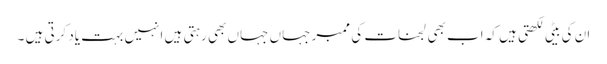
ان کی بیٹی لکھتی ہیں کہ اب بھی لجنات کی ممبر جہاں جہاں بھی رہتی ہیں انہیں بہت یاد کرتی ہیں ۔